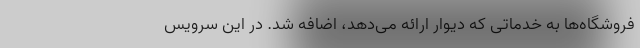
فروشگاه‌ها به خدماتی که دیوار ارائه می‌دهد، اضافه شد. در این سرویس